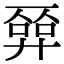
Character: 𢍦